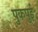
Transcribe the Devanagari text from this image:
पुकपुई